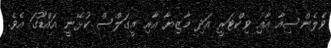
ވެލެންސިއާ އާއި ވިކްޓަރީ އަދި މާޒިޔާ އާއި އީގަލްސް ކުޅޭނީ އައްޑޫގަ އެވެ.